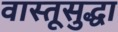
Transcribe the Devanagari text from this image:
वास्तूसुद्धा